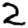
Digit: 2